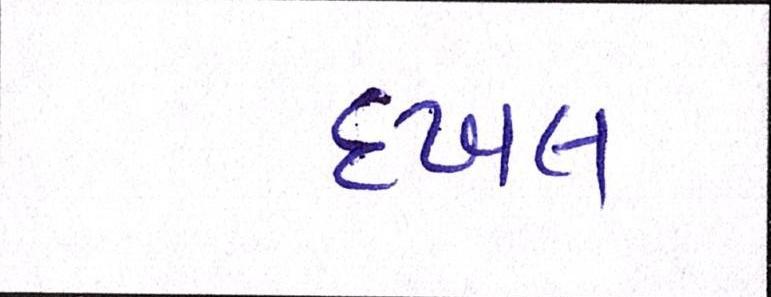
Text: દખલ